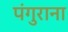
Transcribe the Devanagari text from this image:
पंगुराना